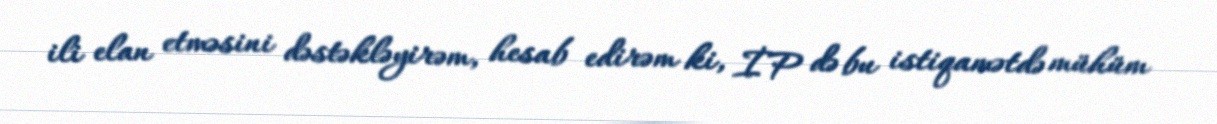
ili elan etməsini dəstəkləyirəm, hesab edirəm ki, İP də bu istiqamətdə mühüm